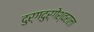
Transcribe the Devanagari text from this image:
दुर्गदुर्गेश्वराला